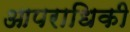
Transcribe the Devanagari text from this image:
आपराधिकी